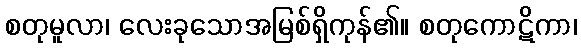
စတုမူလာ၊ လေးခုသောအမြစ်ရှိကုန်၏။ စတုကောဋိကာ၊